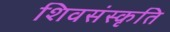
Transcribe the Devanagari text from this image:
शिवसंस्कृति